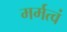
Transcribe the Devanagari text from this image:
मर्मत्वं